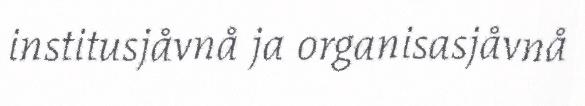
institusjåvnå ja organisasjåvnå